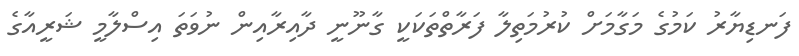
ފަނޑިޔާރު ކަމުގެ މަގާމަށް ކުރުމަތިލާ ފަރާތްތަކަކީ ގާނޫނީ ދާއިރާއިން ނުވަތަ އިސްލާމީ ޝަރީއާގެ